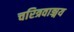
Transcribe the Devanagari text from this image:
चरित्रवाङ्मय